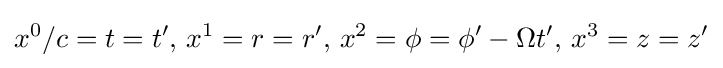
x^{0}/c=t=t',\,x^{1}=r=r',\,x^{2}=\phi =\phi '-\Omega t',\,x^{3}=z=z'